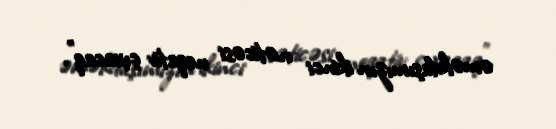
əməkdaşımızın ikinci nəticəsi neqativ çıxacaq”.